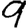
Digit: 9